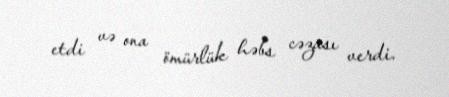
etdi və ona ömürlük həbs cəzası verdi.